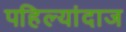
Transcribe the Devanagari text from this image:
पहिल्यांदाज